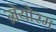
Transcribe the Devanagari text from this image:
ग्रेयोरम